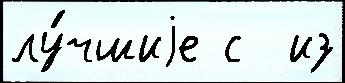
лу́чшиjе с  из